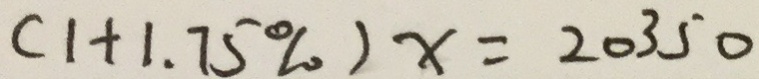
( 1 + 1 . 7 5 \% ) x = 2 0 3 5 0